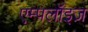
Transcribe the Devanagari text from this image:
एम्पलॉइज़